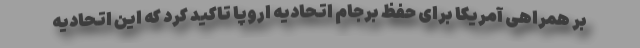
بر همراهی آمریکا برای حفظ برجام اتحادیه اروپا تاکید کرد که این اتحادیه